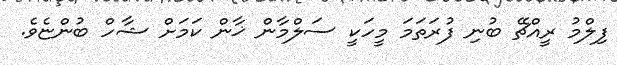
ފިލްމު ރީއްޗޭ ބުނި ފުރަތަމަ މީހަކީ ސަލްމާން ޚާން ކަމަށް ޝާހް ބުންޏެވެ.